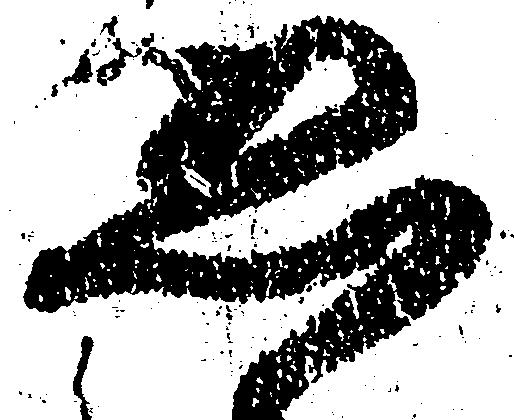
恐